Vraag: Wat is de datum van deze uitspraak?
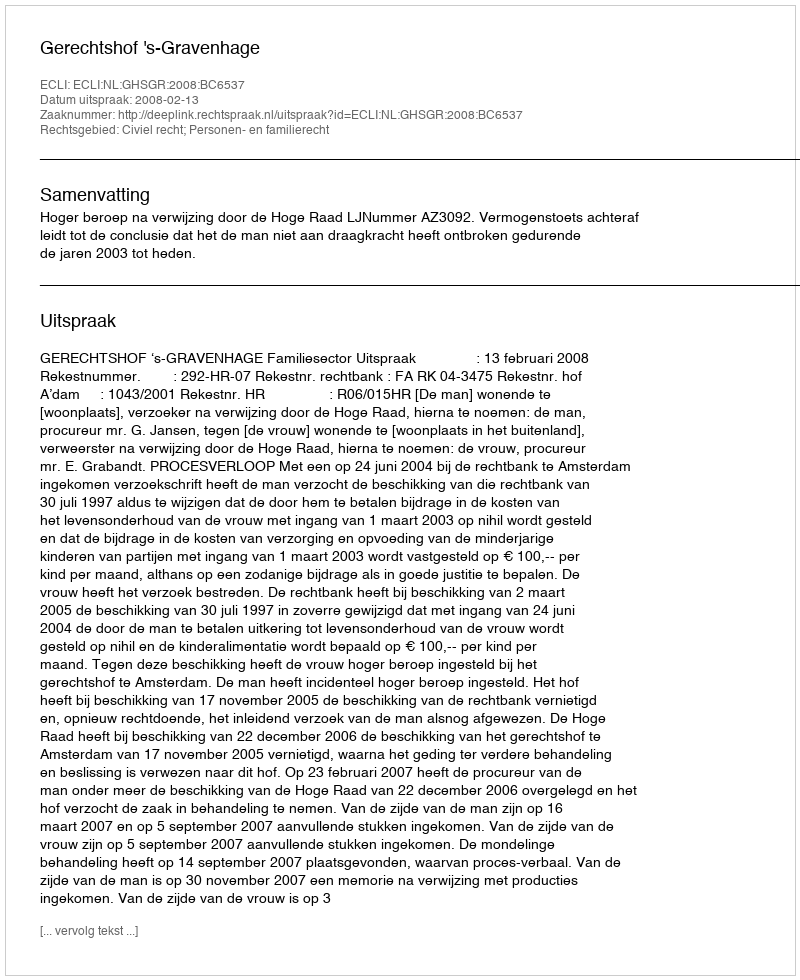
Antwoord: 2008-02-13